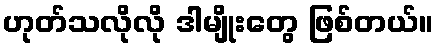
ဟုတ်သလိုလို ဒါမျိုးတွေ ဖြစ်တယ်။